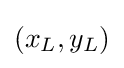
(x_{L},y_{L})